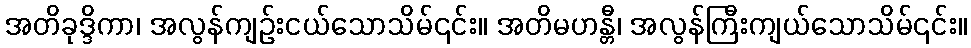
အတိခုဒ္ဒိကာ၊ အလွန်ကျဉ်းငယ်သောသိမ်၎င်း။ အတိမဟန္တီ၊ အလွန်ကြီးကျယ်သောသိမ်၎င်း။